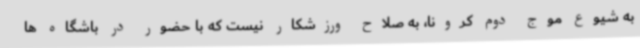
به شیوع موج دوم کرونا، به صلاح ورزشکار نیست که با حضور در باشگاه ها